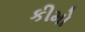
કીમો